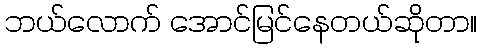
ဘယ်လောက် အောင်မြင်နေတယ်ဆိုတာ။